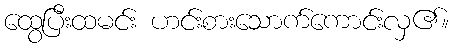
ထွေပြီးထမင်း ဟင်းစားသောက်ကောင်းလှ၏။